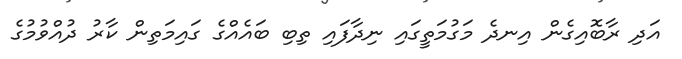
އަދި ރާބޮއިގެން އިނދެ މަގުމަތީގައި ނިދާފައި ތިބި ބައެއްގެ ގައިމަތިން ކާރު ދުއްވުމުގެ